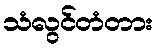
သံလွင်တံတား